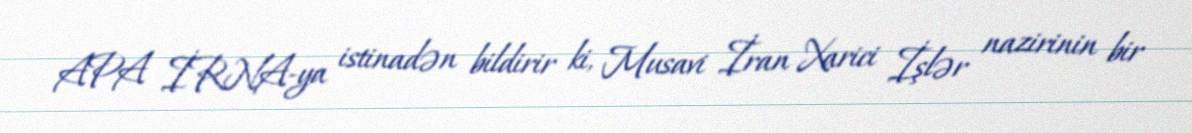
APA İRNA-ya istinadən bildirir ki, Musavi İran Xarici İşlər nazirinin bir